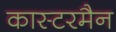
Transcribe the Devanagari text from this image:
कास्टरमैन